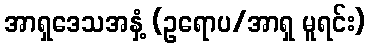
အာရှဒေသအနှံ့ (ဥရောပ/အာရှ မူရင်း)